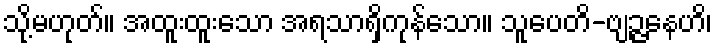
သို့မဟုတ်။ အထူးထူးသော အရသာရှိကုန်သော။ သူပေတိ-ဗျဉ္ဇနေဟိ၊